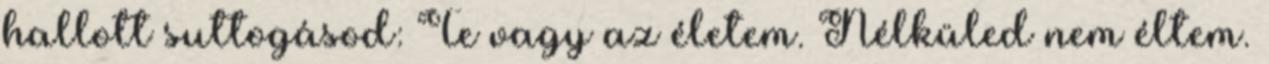
hallott suttogásod: Te vagy az életem. Nélküled nem éltem.